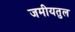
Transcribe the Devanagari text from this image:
जमीयतुल